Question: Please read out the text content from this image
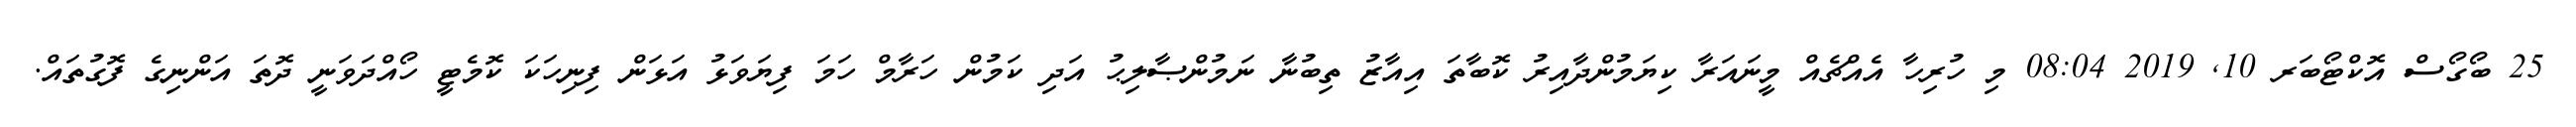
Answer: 25 ބޯގޯސް އޮކްޓޯބަރ 10, 2019 08:04 މި ހުރިހާ އެއްޗެއް މީނައަރާ ކިޔަމުންދާއިރު ކޮބާތަ އިއާޒު ތިބުނާ ނަމުންޞާލިޙު އަދި ކަމުން ހަރާމް ހަމަ ފިޔަވަޅު އަޅަން ފިނިހަކަ ކޮމެޓީ ހޯއްދަވަނީ ދޮތަ އަންނިގެ ފޮގުތައް.